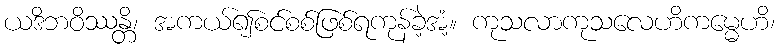
ယဒိဘဝိဿန္တိ၊ အကယ်၍စင်စစ်ဖြစ်ရကုန်ခဲ့အံ့။ ကုသလာကုသလေဟိကမ္မေဟိ၊